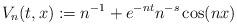
LaTeX: \begin{align*} V_{n}(t,x):= n ^{-1}+e^{-nt}n^{-s}\cos(nx) \end{align*}